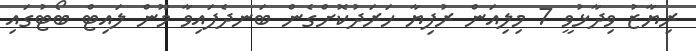
ރިޔާޒު ވިދާޅުވީ 7 މިލިއަން ރުފިޔާ ހަރަދުކޮށްގެން ބަނދެފައިވާ މޫން ލައިޓް ބޯޓުގައި